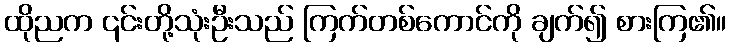
ထိုညက ၎င်းတို့သုံးဦးသည် ကြက်တစ်ကောင်ကို ချက်၍ စားကြ၏။